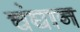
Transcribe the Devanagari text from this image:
चंघान